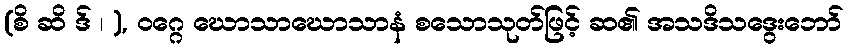
(စိ ဆိ ဒ် ၊ ), ဝဂ္ဂေ ဃောသာဃောသာနံ စသောသုတ်ဖြင့် ဆ၏ အသဒိသဒွေးဘော်